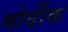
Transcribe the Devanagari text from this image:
मोर्दीक